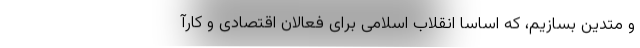
و متدین بسازیم، که اساسا انقلاب اسلامی برای فعالان اقتصادی و کارآ